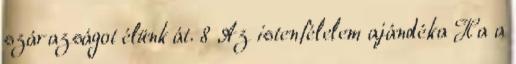
szárazságot élünk át. 8 Az istenfélelem ajándéka Ha a